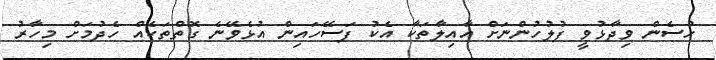
ހުސެން ވިދާޅުވީ ފުލުހުންނަށް އާއިލާތަކާ އެކު ފަސޭހައިން އުޅެވޭނެ ގޮތްތަކެއް ހެދުމަށް މިހާރު